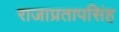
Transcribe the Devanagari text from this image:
राजाप्रतापसिंह